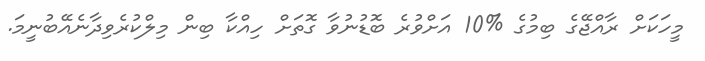
މީހަކަށް ރާއްޖޭގެ ބިމުގެ %10 އަށްވުރެ ބޮޑުނުވާ ގޮތަށް ހިއްކާ ބިން މިލްކުރެވިދާނެއޭބުނީމަ.